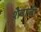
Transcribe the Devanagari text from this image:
शैवाजी